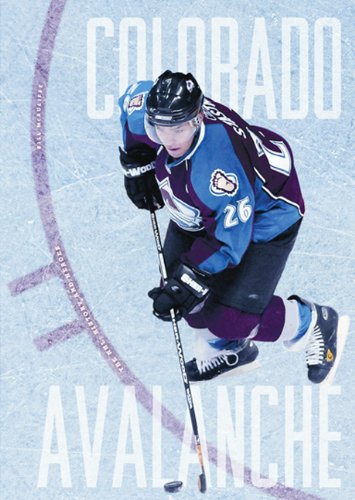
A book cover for The NHL: History and Heroes: The Story of the Colorado Avalanche; Bill McAuliffe; Children's Books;